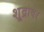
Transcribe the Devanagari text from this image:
शूद्रावर